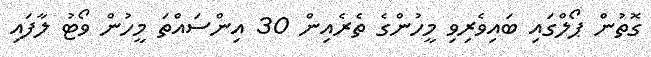
ގޮތުން ޕޯލްގައި ބައިވެރިވި މީހުންގެ ތެރެއިން 30 އިންސައްތަ މީހުން ވޯޓު ލާފައި